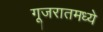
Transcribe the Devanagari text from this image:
गूजरातमध्ये